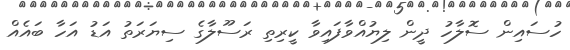
ހުސައިން ސޮލާހު ދީން ލިޔުއްވާފައިވާ ކީރިތި ރަސޫލާގެ ސިޔަރަތު އަޑު އަހާ ބައެއް